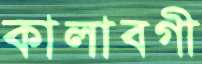
কালাবগী